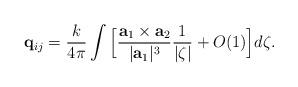
LaTeX: \begin{align*}\mathbf{q}_{ij} = \frac{k}{4\pi}\int\Big[ \frac{\mathbf{a}_{1}\times\mathbf{a}_{2}}{|\mathbf{a}_{1}|^{3}}\frac{1}{|\zeta|}+O(1)\Big]d\zeta.\end{align*}